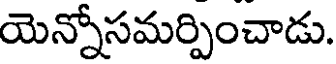
యెన్నోసమర్పించాడు.